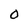
Character: O